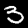
Digit: 3